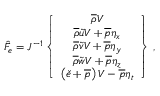
\hat { F } _ { e } = J ^ { - 1 } \left\{ \begin{array} { c } { \overline { { \rho } } V } \\ { \overline { { \rho } } \tilde { u } V + \overline { { p } } \eta _ { x } } \\ { \overline { { \rho } } \tilde { v } V + \overline { { p } } \eta _ { y } } \\ { \overline { { \rho } } \tilde { w } V + \overline { { p } } \eta _ { z } } \\ { \left( \check { e } + \overline { { p } } \right) V - \overline { { p } } \eta _ { t } } \end{array} \right\} \, \mathrm { , }